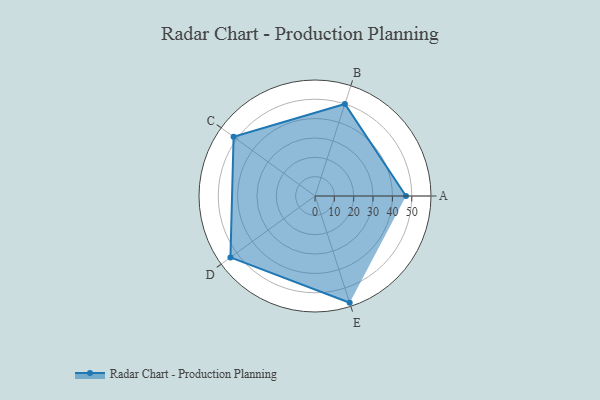
{"axis": {"x": "Skill", "y": "Score"}, "legend": ["Profile"], "data": [{"x": "A", "y": 47.0, "type": "Profile"}, {"x": "B", "y": 50.0, "type": "Profile"}, {"x": "C", "y": 52.0, "type": "Profile"}, {"x": "D", "y": 54.0, "type": "Profile"}, {"x": "E", "y": 58.0, "type": "Profile"}]}